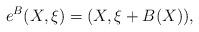
LaTeX: \begin{align*} e^{B}(X,\xi) = (X, \xi + B(X)), \end{align*}